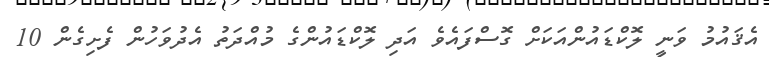
އެޤައުމު ވަނީ ލޮކްޑައުންއަކަށް ގޮސްފައެވެ އަދި ލޮކްޑައުންގެ މުއްދަތު އެދުވަހުން ފެށިގެން 10